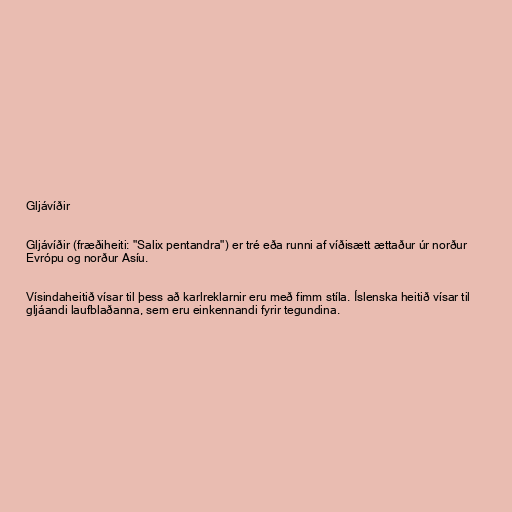
Gljávíðir

Gljávíðir (fræðiheiti: "Salix pentandra") er tré eða runni af víðisætt ættaður úr norður
Evrópu og norður Asíu.

Vísindaheitið vísar til þess að karlreklarnir eru með fimm stíla. Íslenska heitið vísar til
gljáandi laufblaðanna, sem eru einkennandi fyrir tegundina.